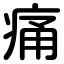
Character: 痛